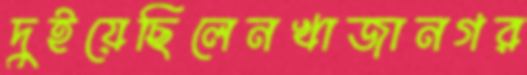
দুইয়েছিলেনখাজানগর